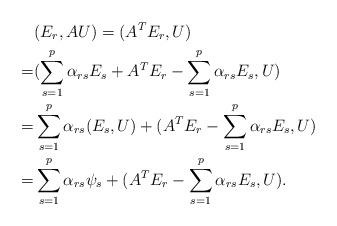
LaTeX: \begin{align*} & (E_r, AU) = (A^TE_r, U)\\= & ( \sum_{s=1}^p \alpha_{rs} E_s + A^T E_r -\sum_{s=1}^p \alpha_{rs} E_s, U) \\=& \sum_{s=1}^p \alpha_{rs} (E_s, U)+ ( A^T E_r - \sum_{s=1}^p \alpha_{rs} E_s, U) \\=& \sum_{s=1}^p \alpha_{rs}\psi_s+ ( A^T E_r - \sum_{s=1}^p \alpha_{rs} E_s, U). \end{align*}